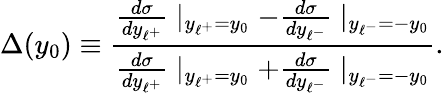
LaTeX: \Delta(y_{0})\equiv{\frac{{\frac{d{\sigma}}{dy_{\ell^{+}}}}\mid_{y_{\ell^{+}}=y_{0}}-{\frac{d{\sigma}}{dy_{\ell^{-}}}}\mid_{y_{\ell^{-}}=-y_{0}}}{{\frac{d{\sigma}}{dy_{\ell^{+}}}}\mid_{y_{\ell^{+}}=y_{0}}+{\frac{d{\sigma}}{dy_{\ell^{-}}}}\mid_{y_{\ell^{-}}=-y_{0}}}}.